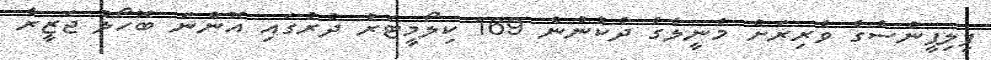
ފިލިޕީންސްގެ ވެރިރަށް މެނީލާގެ ދެކުނުން 169 ކިލޯމީޓަރު ދުރުގައި އޮންނަ ބޮހޯލް ޖަޒީރާ